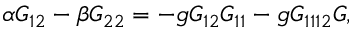
\alpha { \cal G } _ { 1 2 } - \beta { \cal G } _ { 2 2 } = - g { \cal G } _ { 1 2 } { \cal G } _ { 1 1 } - g { \cal G } _ { 1 1 1 2 } { \cal G } ,